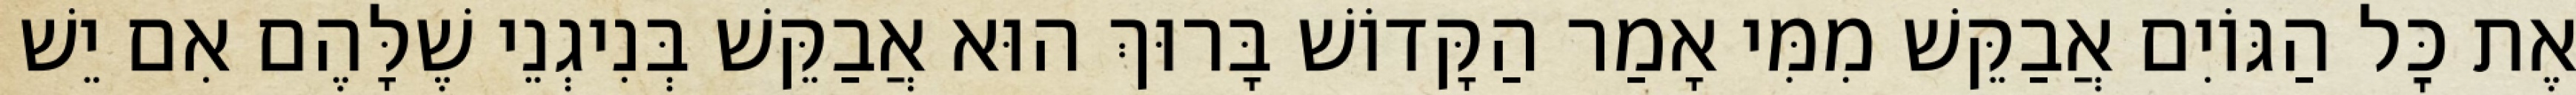
אֶת כׇּל הַגּוֹיִם אֲבַקֵּשׁ מִמִּי אָמַר הַקָּדוֹשׁ בָּרוּךְ הוּא אֲבַקֵּשׁ בְּנִיגְנֵי שֶׁלָּהֶם אִם יֵשׁ